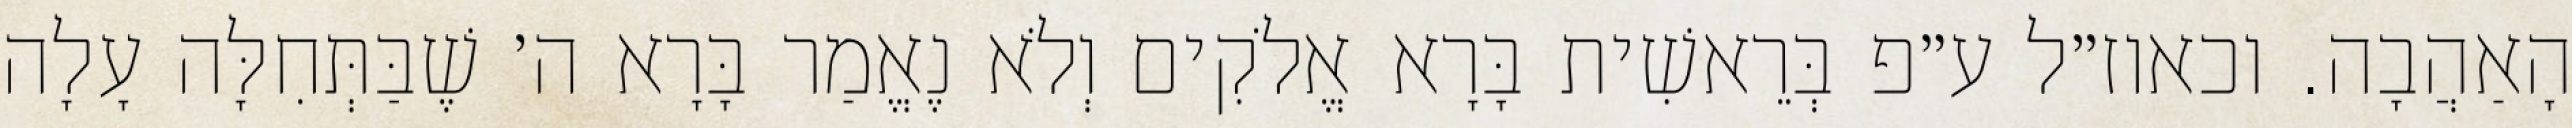
הָאַהֲבָה. וכאוז״ל ע״פ בְּרֵאשִׁית בָּרָא אֱלֹקִים וְלֹא נֶאֱמַר בָּרָא ה׳ שֶׁבַּתְּחִלָּה עָלָה